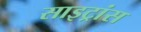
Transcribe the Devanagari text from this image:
साइट्रांस